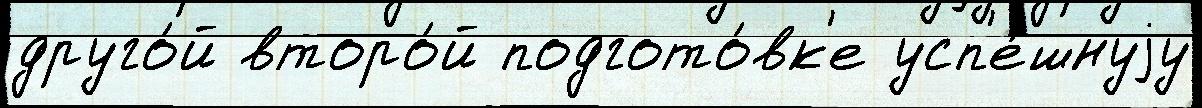
друго́й второ́й подгото́вк'е усп'е́шнуjу